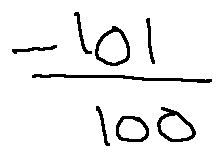
- \frac { 1 0 1 } { 1 0 0 }